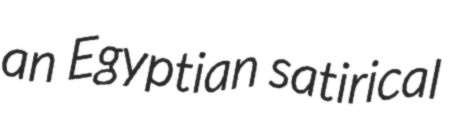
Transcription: an Egyptian satirical